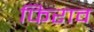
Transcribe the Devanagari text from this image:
फिराव